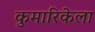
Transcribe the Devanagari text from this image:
कुमारिकेला